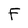
Character: F